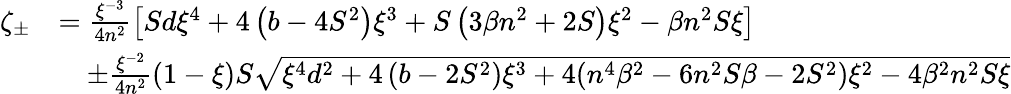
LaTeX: \begin{array}{rl}{\zeta_{\pm}}&{=\frac{\xi^{-3}}{4n^{2}}\left[Sd\xi^{4}+4\left(b-4S^{2}\right)\xi^{3}+S\left(3\beta n^{2}+2S\right)\xi^{2}-\beta n^{2}S\xi\right]}\\ &{\quad\pm\frac{\xi^{-2}}{4n^{2}}(1-\xi)S\sqrt{\xi^{4}d^{2}+4\left(b-2S^{2}\right)\xi^{3}+4(n^{4}\beta^{2}-6n^{2}S\beta-2S^{2})\xi^{2}-4\beta^{2}n^{2}S\xi}}\end{array}